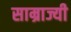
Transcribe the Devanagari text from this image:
साम्राज्यी